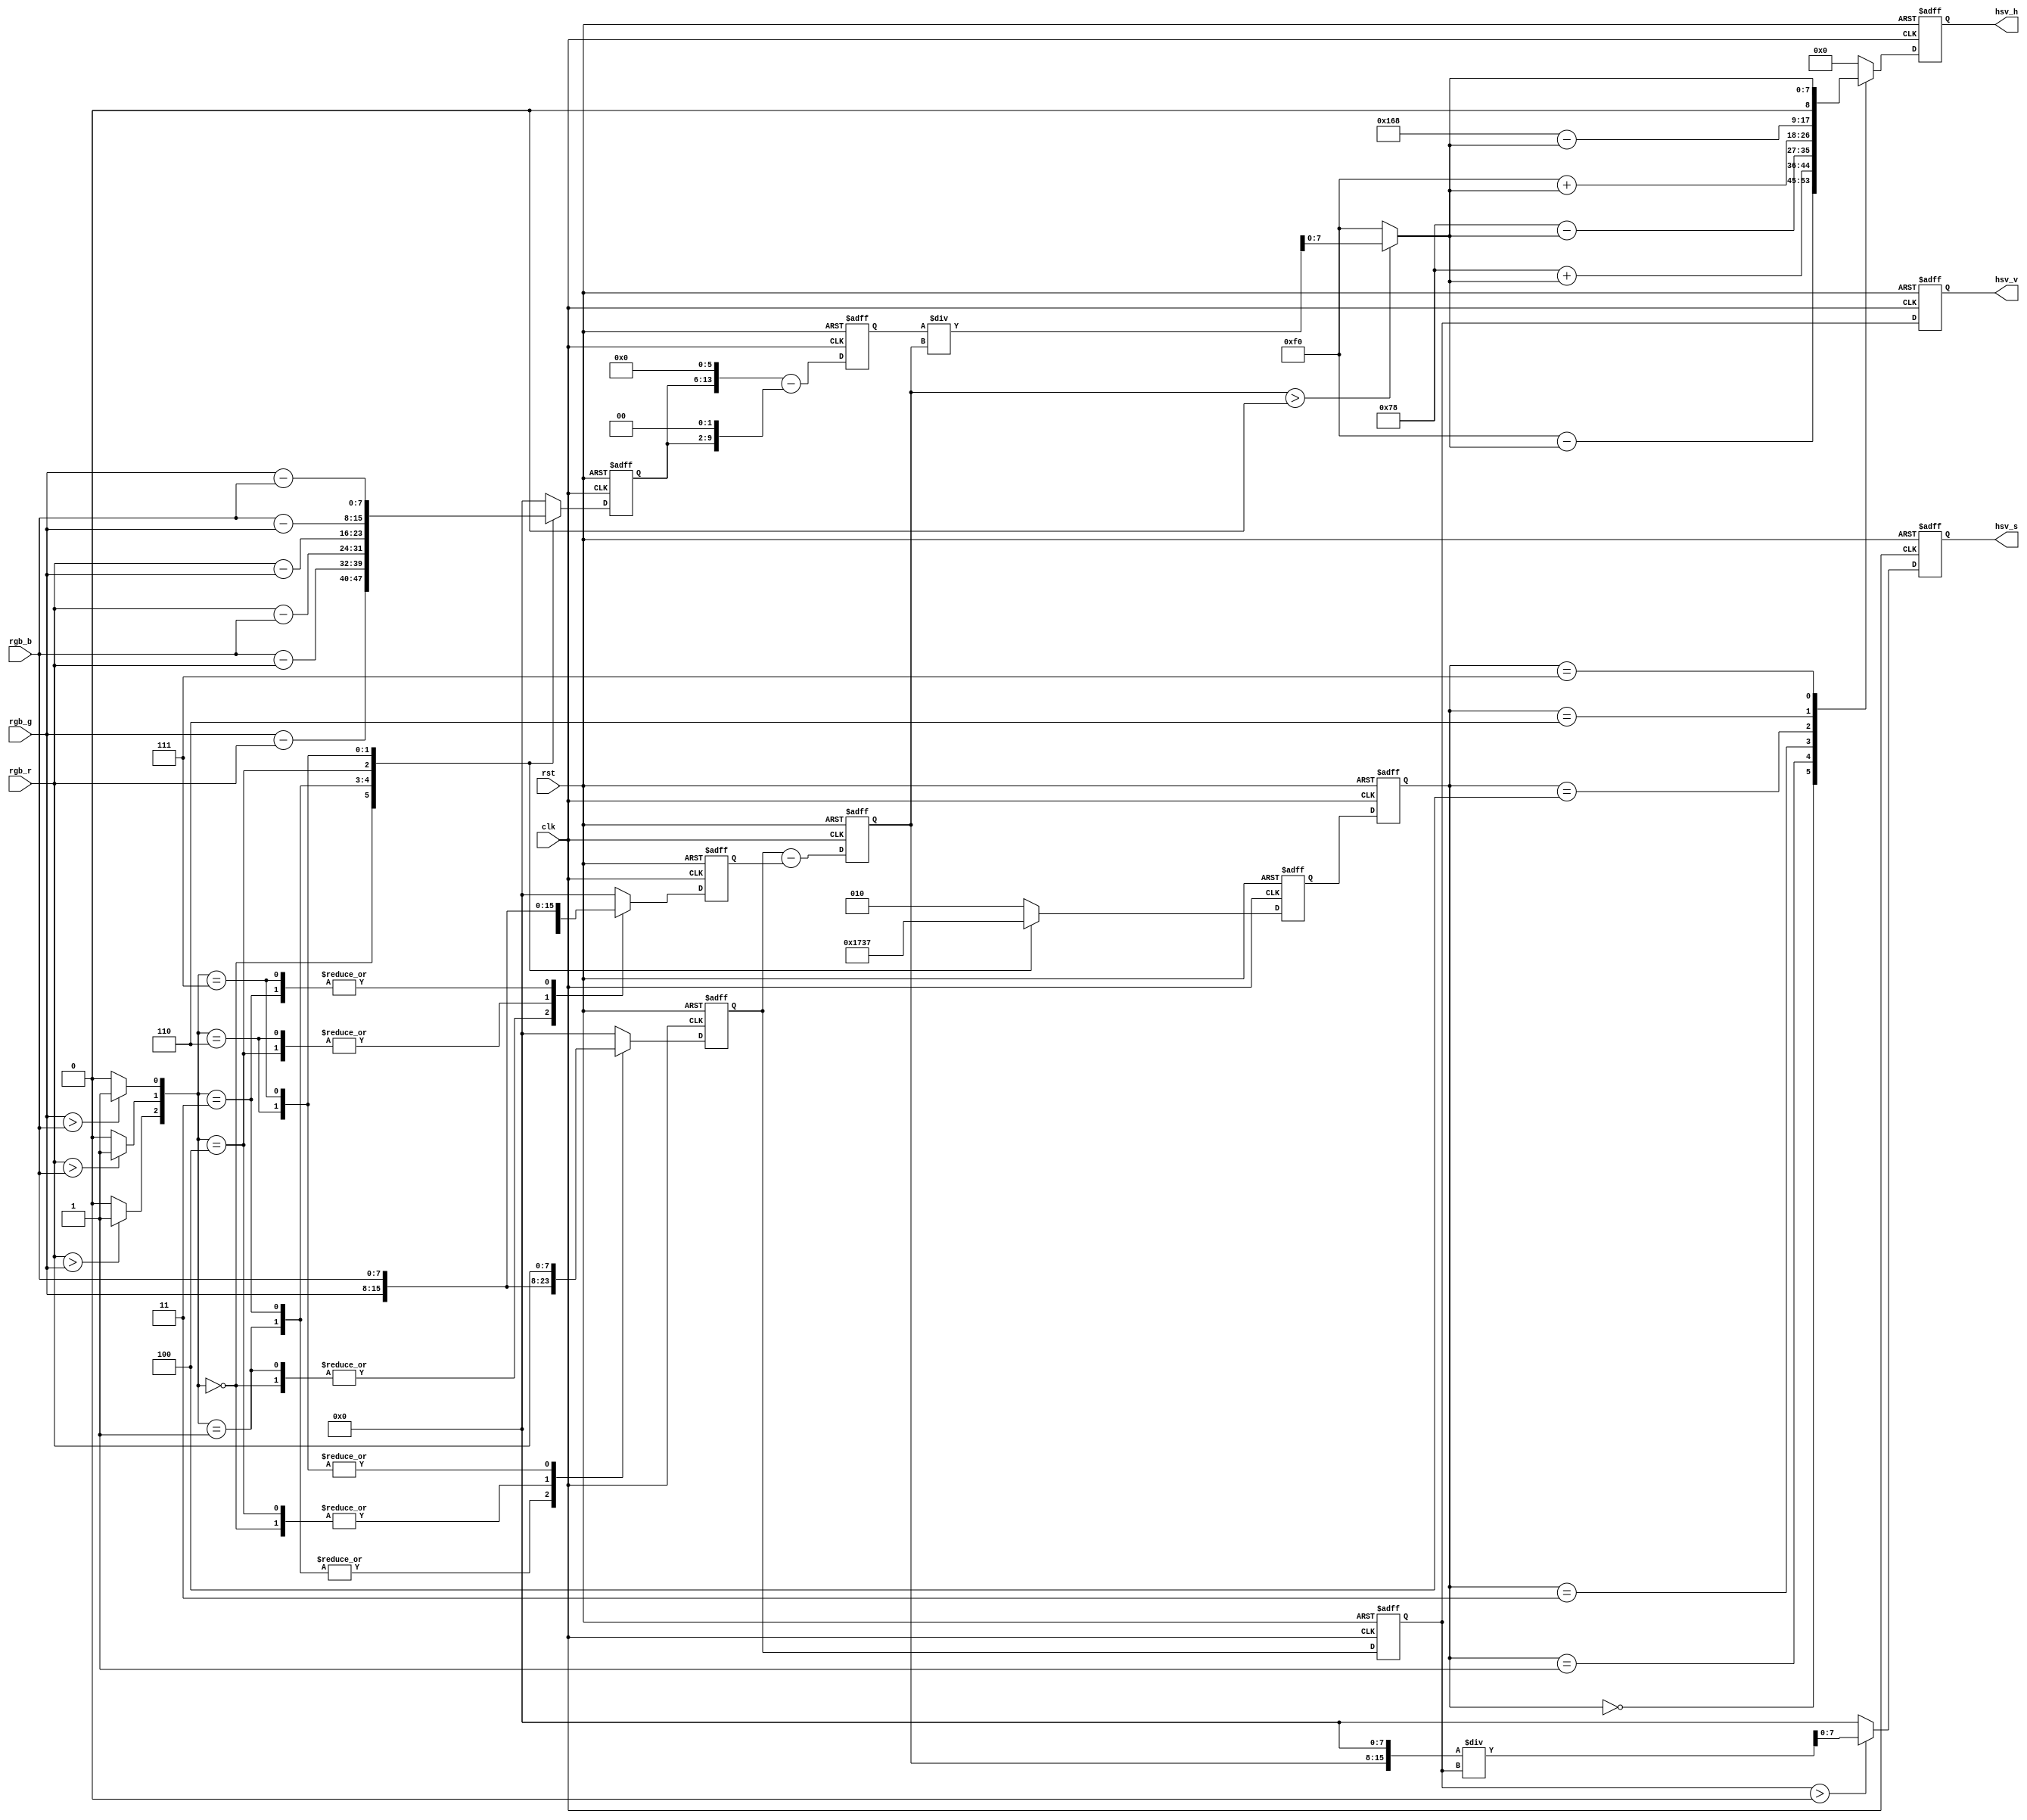
module  rgb_hsv(
	input                         clk,
	input                         rst,	
	input	     [7:0]            rgb_r,
	input	     [7:0]            rgb_g,
	input	     [7:0]            rgb_b,	
	output reg [8:0] 			  hsv_h,//  0 - 360
	output reg [7:0] 			  hsv_s,// 0- 255
	output reg [7:0] 			  hsv_v // 0- 255

);

reg [7:0] top;//
reg [13:0] top_60;//*60
reg [2:0] rgb_se;
reg [2:0] rgb_se_n;//
reg [7:0] max;//
reg [7:0] min;//
reg [7:0] max_min;//max - min
reg [7:0] hsv_s_m;
reg [7:0] max_n;
reg [7:0] division;//

//find max min 1----
assign r_g = (rgb_r > rgb_g)? 1'b1:1'b0; 
assign r_b = (rgb_r > rgb_b)? 1'b1:1'b0; 
assign g_b = (rgb_g > rgb_b)? 1'b1:1'b0; 
always @ (posedge clk or negedge rst)
begin
	if (!rst)
	begin
		max <= 8'd0;
		min <= 8'd0;
		top <= 8'd0;
		rgb_se <= 3'b010;
	end
	else 
	begin
	case ({r_g,r_b,g_b})
	
	3'b000:
			begin//b g r
			max <= rgb_b;
			min <= rgb_r;
			top <= rgb_g - rgb_r;//-
			rgb_se <= 3'b000;
			end
	3'b001:
			begin//g b r
			max <= rgb_g;
			min <= rgb_r;
			top <= rgb_b - rgb_r;//+
			rgb_se <= 3'b001;
			end
	3'b011:
			begin//g r b
			max <= rgb_g;
			min <= rgb_b;
			top <= rgb_r - rgb_b;//-
			rgb_se <= 3'b011;
			end
	3'b100:
			begin//b r g
			max <= rgb_b;
			min <= rgb_g;
			top <= rgb_r - rgb_g;//+
			rgb_se <= 3'b100;
			end
	3'b110:
			begin//r b g
			max <= rgb_r;
			min <= rgb_g;
			top <= rgb_b - rgb_g;//+
			rgb_se <= 3'b110;
			end
	3'b111:
			begin//r g b
			max <= rgb_r;
			min <= rgb_b;
			top <= rgb_g - rgb_b;//-
			rgb_se <= 3'b111;
			end
	default
			begin
			max <= 8'd0;
			min <= 8'd0;
			top <= 8'd0;
			rgb_se <= 3'b010;
			end
	endcase
end
end
// *60   max - min          2-----------------
always @ (posedge clk or negedge rst)
begin
	if (!rst)
		begin
		top_60 <= 14'd0;
		rgb_se_n <= 3'b010;
		max_min <= 8'd0;
		max_n <= 8'd0;
		end
	else
		begin
		top_60 <= {top,6'b000000} - {top,2'b00};//60 = 2^6 - 2^2
		rgb_se_n <= rgb_se;
		max_min <= max - min;
		max_n <= max;
		end
end
//   /(max - min)    3----------------------
always @ (*)
begin
	division = (max_min > 8'd0) ? top_60 / max_min : 8'd240;//max = min  
end
// + - 120 240 360
always @ (posedge clk or negedge rst)
begin
	if (!rst)
	
		hsv_h <= 9'd0;
	
	else 
	begin
	case (rgb_se_n)
	
	3'b000:
			//b g r
			hsv_h <= 9'd240 - division;//-
			
	3'b001:
			//g b r
			hsv_h <= 9'd120 + division;//+
			
	3'b011:
			//g r b
			hsv_h <= 9'd120 - division;//-
			
	3'b100:
			//b r g
			hsv_h <= 9'd240 + division;//+
			
	3'b110:
			//r b g
			hsv_h <= 9'd360 - division;//-
			
			
	3'b111:
			//r g b
			hsv_h <= division;//+
			
	default
			hsv_h <= 9'd0;
	endcase
end
end

//  s=(max - min)/max * 256
always @ (*)
begin
	hsv_s_m = (max_n > 8'd0)? {max_min[7:0],8'b00000000} / max_n : 8'd0;
end
always@(posedge clk or negedge rst)
begin
	if (!rst)
      hsv_s <= 8'd0;
	else
	hsv_s <= hsv_s_m;
end
//  hsv_v = max
always@(posedge clk or negedge rst)
begin
  if (!rst)
  hsv_v <= 8'd0;
  else
  hsv_v <= max_n;
 end
 // 3-------------------



endmodule